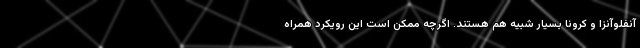
آنفلوآنزا و کرونا بسیار شبیه هم هستند. اگرچه ممکن است این رویکرد همراه